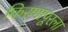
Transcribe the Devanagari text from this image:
किरणापूरला